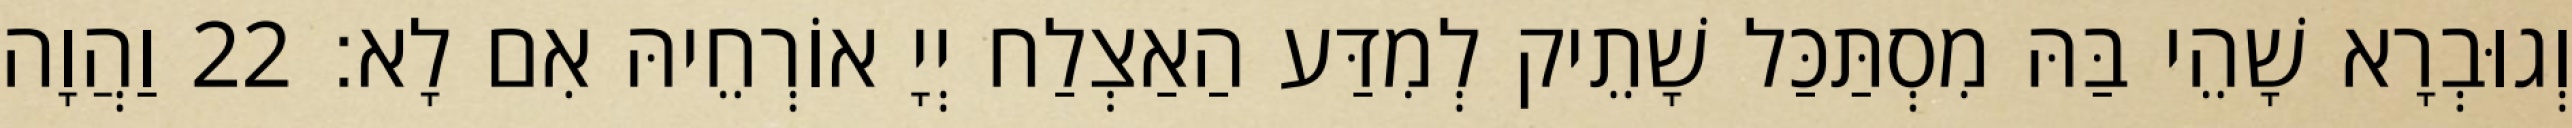
וְגוּבְרָא שָׁהֵי בַּהּ מִסְתַּכַּל שָׁתֵיק לְמִדַּע הַאַצְלַח יְיָ אוֹרְחֵיהּ אִם לָא׃ 22 וַהֲוָה